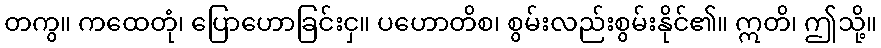
တကွ။ ကထေတုံ၊ ပြောဟောခြင်းငှ။ ပဟောတိစ၊ စွမ်းလည်းစွမ်းနိုင်၏။ ဣတိ၊ ဤသို့။